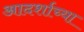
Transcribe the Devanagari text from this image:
आदर्शाच्या